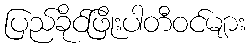
ပြည်ခိုင်ဖြိုးပါတီဝင်များ